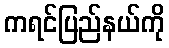
ကရင်ပြည်နယ်ကို